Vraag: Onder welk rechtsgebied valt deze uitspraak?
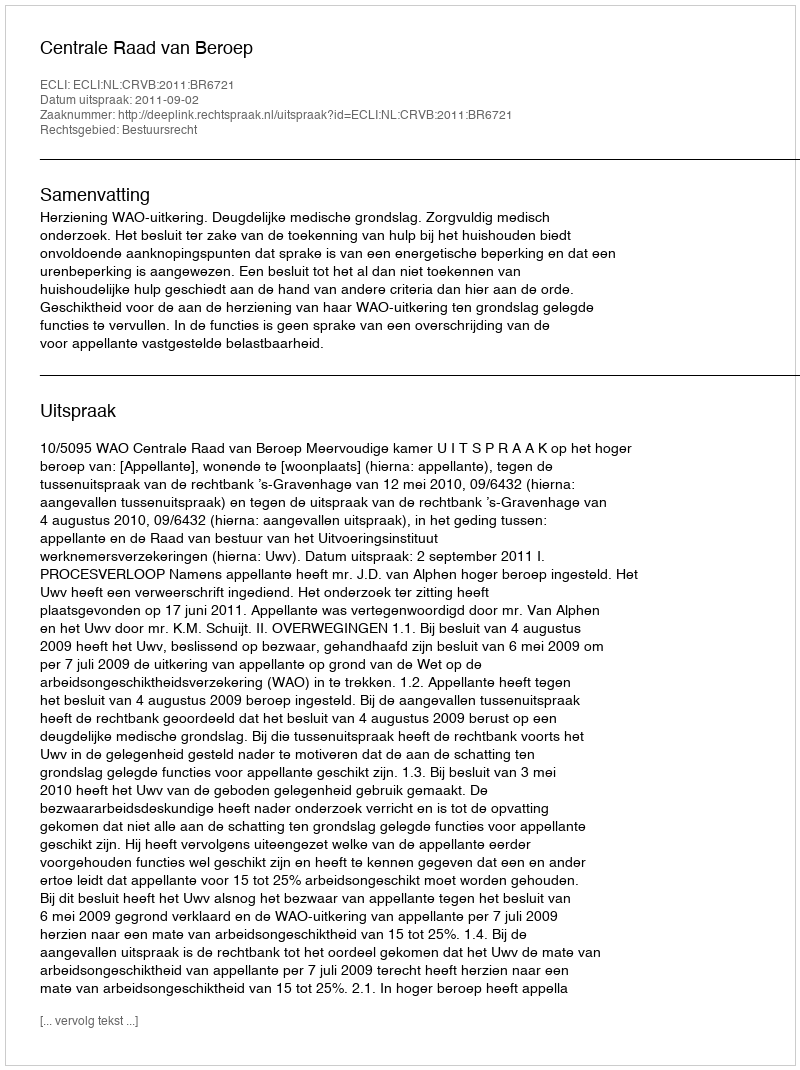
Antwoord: Bestuursrecht